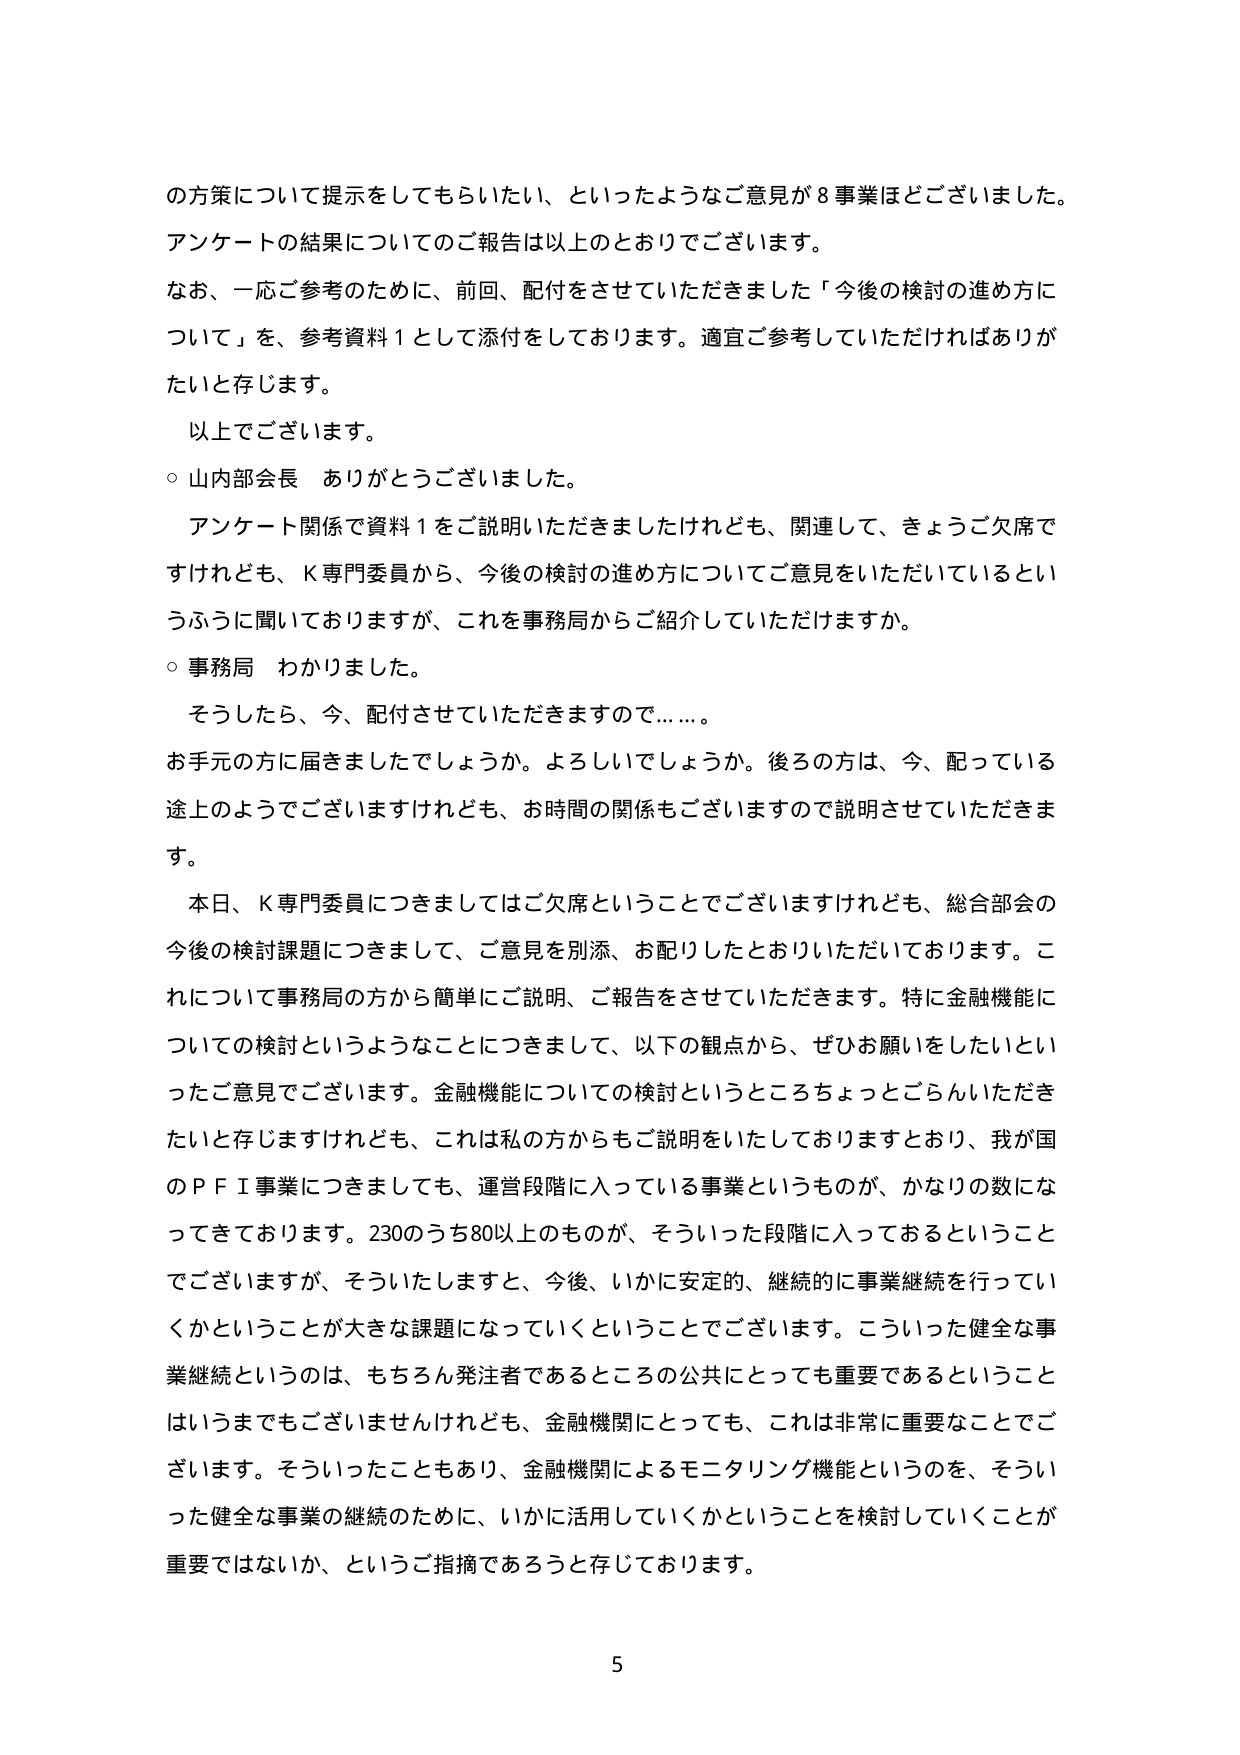
の方策について提示をしてもらいたい、といったようなご意見が８事業ほどございました。
アンケートの結果についてのご報告は以上のとおりでございます。
なお、一応ご参考のために、前回、配付をさせていただきました「今後の検討の進め方について」を、参考資料１として添付しております。適宜ご参考していただければありがたいと存じます。
以上でございます。
○ 山内部会長 ありがとうございました。
　アンケート関係で資料１をご説明いただきましたけれども、関連して、きょうご欠席ですけれども、Ｋ専門委員から、今後の検討の進め方についてご意見をいただいているというふうに聞いておりますが、これを事務局からご紹介していただけますか。
○ 事務局 わかりました。
　そうしたら、今、配付させていただきますので……。
お手元の方に届きましたでしょうか。よろしいでしょうか。後ろの方は、今、配っている途上ようございますけれども、お時間の関係もございますので説明させていただきます。
　本日、Ｋ専門委員につきましてはご欠席ということでございますけれども、総合部会の今後の検討課題につきまして、ご意見を別添、お配りしたとおりいただいております。これについて事務局の方から簡単にご説明、ご報告をさせていただきます。特に金融機能についての検討というようなことにつきまして、以下の観点から、ぜひお願いをしたいといったご意見でございます。金融機能についての検討というところちょっとごらんいただきたいと存じますけれども、これは私の方からもご説明をいたしておりますとおり、我が国のＰＦＩ事業につきましても、運営段階に入っている事業というものが、かなりの数になってきております。230のうち80以上のが、そういった段階に入っておるということでございますが、そういたしますと、今後、いかに安定的、継続的に事業継続を行っていくかということが大きな課題になっていくということでございます。こういった健全な事業継続というのは、もちろん発注者であるところの公共にとっても重要であるということはいうまでもございませんけれども、金融機関にとっても、これは非常に重要なことでございます。そういったこともあり、金融機関によるモニタリング機能というのを、そういった健全な事業の継続のために、いかに活用していくかということを検討していくことが重要ではないか、というご指摘であろうと存じております。
5